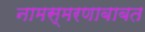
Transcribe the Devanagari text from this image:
नामस्मरणाबाबत